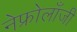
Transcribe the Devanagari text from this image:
नेफ्रोलॉंजी